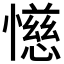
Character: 𫻌